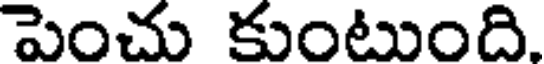
పెంచు కుంటుంది.